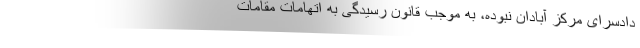
دادسرای مرکز آبادان نبوده، به موجب قانون رسیدگی به اتهامات مقامات